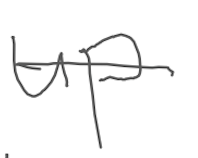
Text: up
Cross-out: single-line
Writing tool: digital_gray